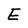
Character: E